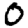
Digit: 0